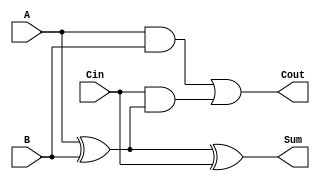
module LowPowerFullAdder (
    input wire A,     // First input bit
    input wire B,     // Second input bit
    input wire Cin,   // Carry-in bit
    output wire Sum,  // Sum output
    output wire Cout  // Carry-out output
);

// Logic for Sum output
assign Sum = A ^ B ^ Cin;

// Logic for Carry-out output
assign Cout = (A & B) | (Cin & (A ^ B));

endmodule